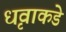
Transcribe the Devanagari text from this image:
धृवाकडे